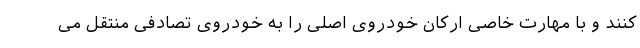
کنند و با مهارت خاصی ارکان خودروی اصلی را به خودروی تصادفی منتقل می